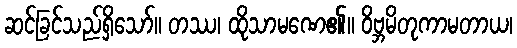
ဆင်ခြင်သည်ရှိသော်။ တဿ၊ ထိုသာမဏေ၏။ ဝိဗ္ဘမိတုကာမတာယ၊